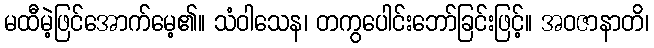
မထီမဲ့ဖြင်အောက်မေ့၏။ သံဝါသေန၊ တကွပေါင်းဘော်ခြင်းဖြင့်။ အဝဇာနာတိ၊